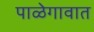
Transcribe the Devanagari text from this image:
पाळेगावात